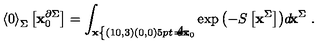
{ \langle 0 \rangle } _ { \Sigma } \left[ { \bf x } _ { 0 } ^ { \partial \Sigma } \right] = \int _ { { \bf x } \nolinebreak \left\{ \begin{picture} { ( 1 0 , 3 ) ( 0 , 0 ) \setlength { \unitlength } { . 5 p t } \put ( 1 , - 7 ) { \line ( 0 , 1 ) { 1 4 } } \put ( 2 , - 7 ) { \scriptscriptstyle \partial \Sigma } } \\ \end{picture} \right. = { \bf x } _ { 0 } } \exp { \left( - S \left[ { \bf x } ^ { \Sigma } \right] \right) } d \! { \bf x } ^ { \Sigma } \ .